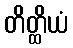
တိတ္ထိယံ